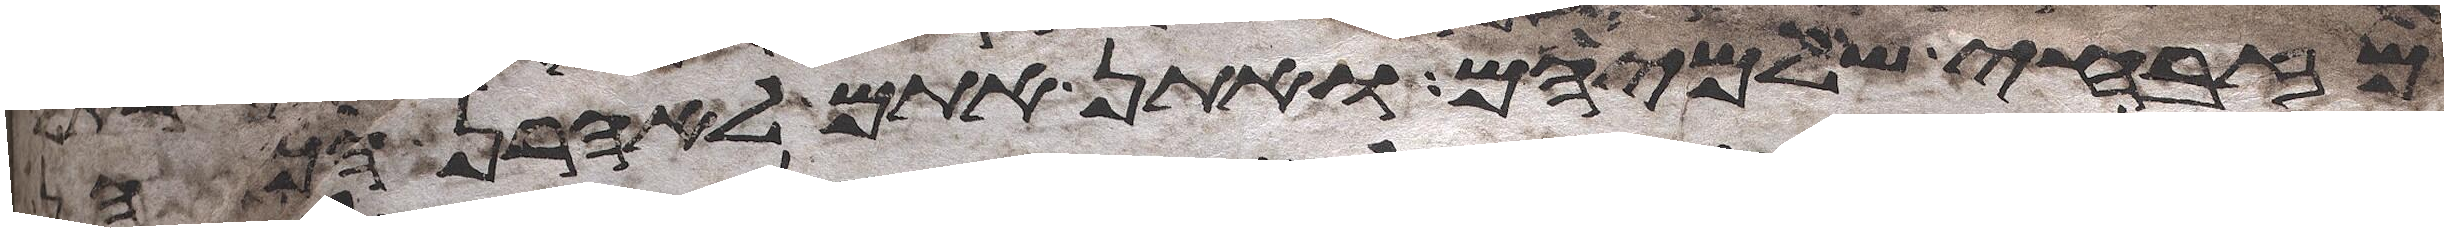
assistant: מזבחי שלמיהם ואתן אתם לאהרן הכהן